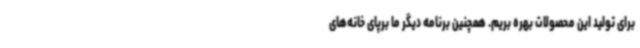
برای تولید این محصولات بهره بریم. همچنین برنامه دیگر ما برپای خانه‌های